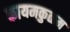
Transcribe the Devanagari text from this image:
कायमकुळम